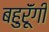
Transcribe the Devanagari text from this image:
बहुरूॅंगी